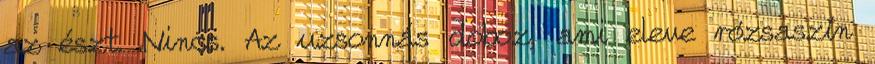
az észt. Nincs. Az uzsonnás doboz, ami eleve rózsaszín